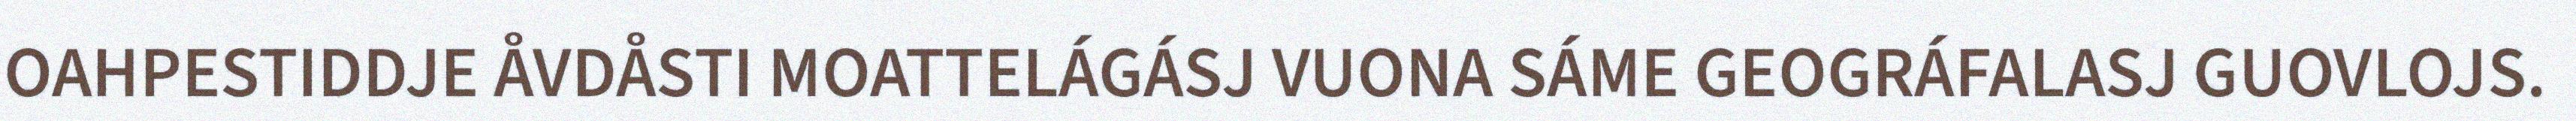
OAHPESTIDDJE ÅVDÅSTI MOATTELÁGÁSJ VUONA SÁME GEOGRÁFALASJ GUOVLOJS.